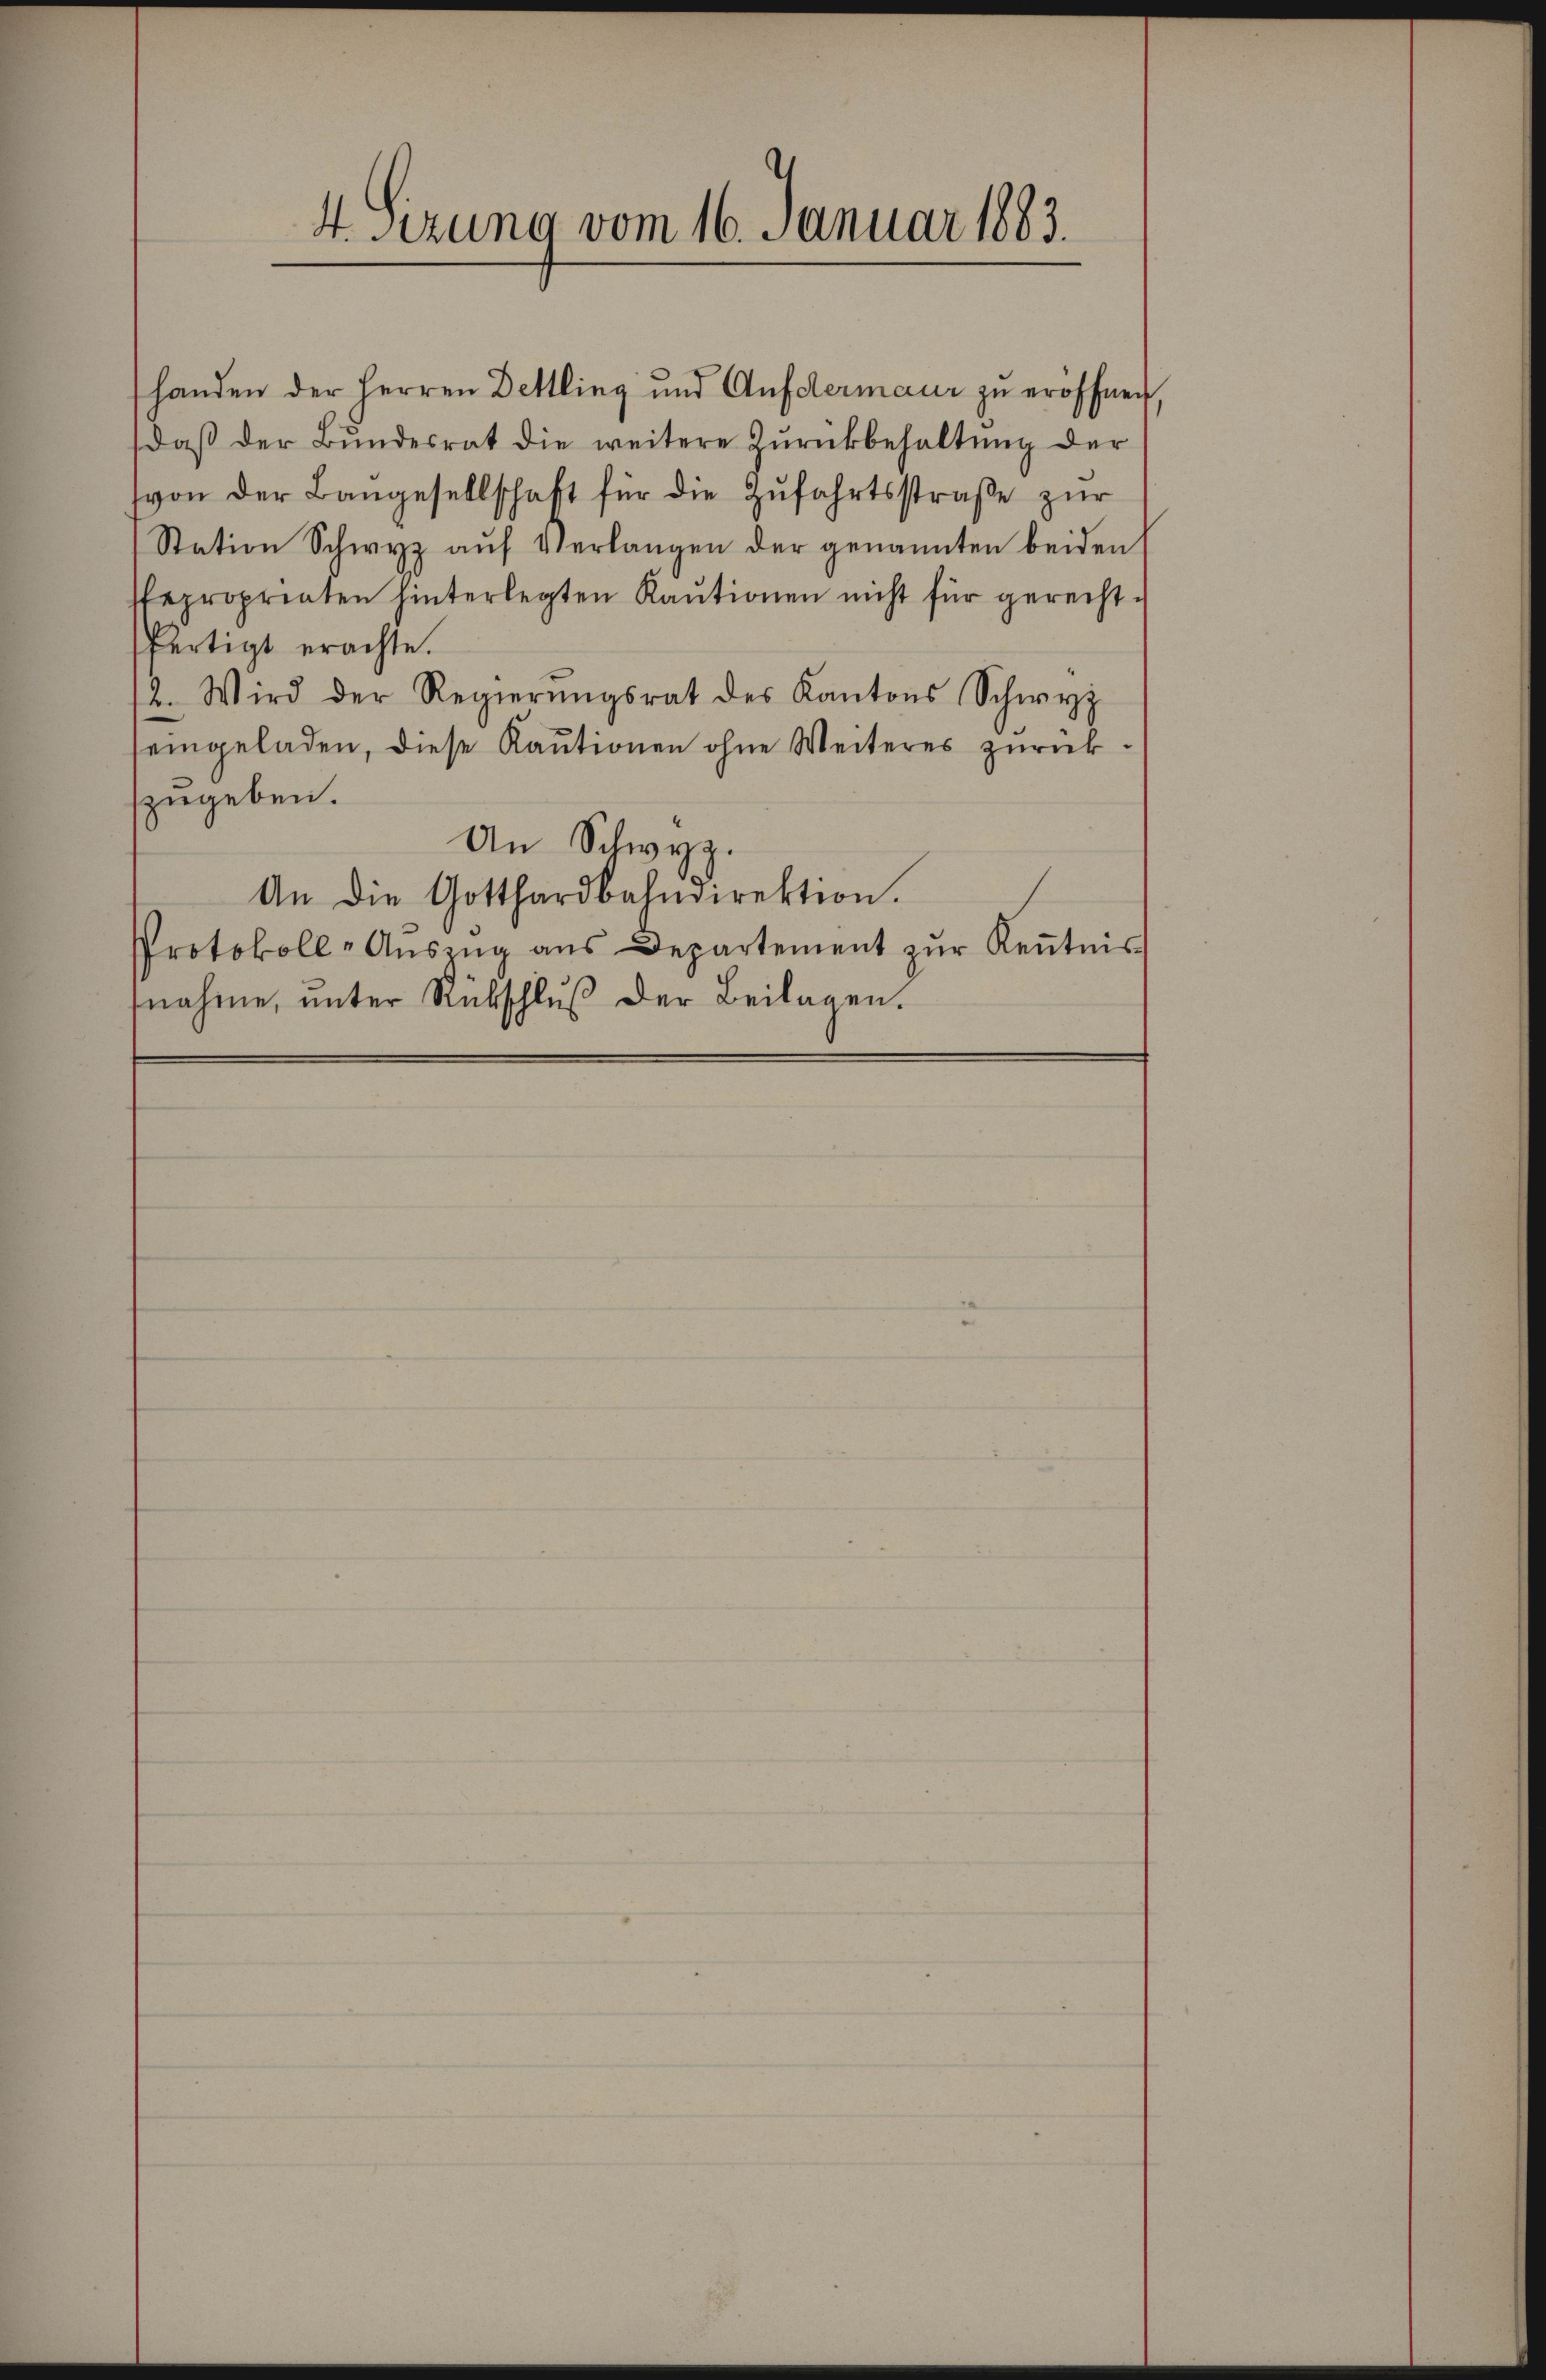
handen der Herren Dettling und Aufdermaur zu eröffnen,
daβ der Bŭndesrat die weitere Zŭrückbehaltŭng der
von der Bangesellschaft für die Zŭfahrtsstraße zur
Station Schwyz aŭf Verlangen der genannten beiden
sepropriaten hinterlegten Kaŭtionen nicht für gerechtfertigt erachte.
2. Wird der Regierŭngsrat des Kantons Schwyz
eingeladen, diese Kautionen ohne Weiteres zurückzugeben.
An Schwyz.
An die Gotthardbahndirektion.
Protokoll-Aŭsing ans Departement zŭr Keṅtnis
fnahme, unter Rückschlŭβ der Beilagen.

4. Sizung vom 16. Januar 1883.